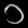
Digit: ၁